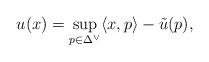
LaTeX: \begin{align*}u(x)= \sup_{ p\in \Delta^\vee } \langle x, p\rangle - \tilde{u}(p), \end{align*}